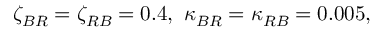
\zeta _ { B R } = \zeta _ { R B } = 0 . 4 , \ \kappa _ { B R } = \kappa _ { R B } = 0 . 0 0 5 ,